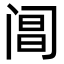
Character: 阊